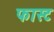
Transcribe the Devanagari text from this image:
फास्‍ट